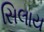
સિલાય